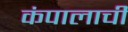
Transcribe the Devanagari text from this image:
कंपालाची